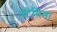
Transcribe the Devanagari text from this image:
स्टेमिना